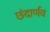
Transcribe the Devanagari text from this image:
छंदार्णव